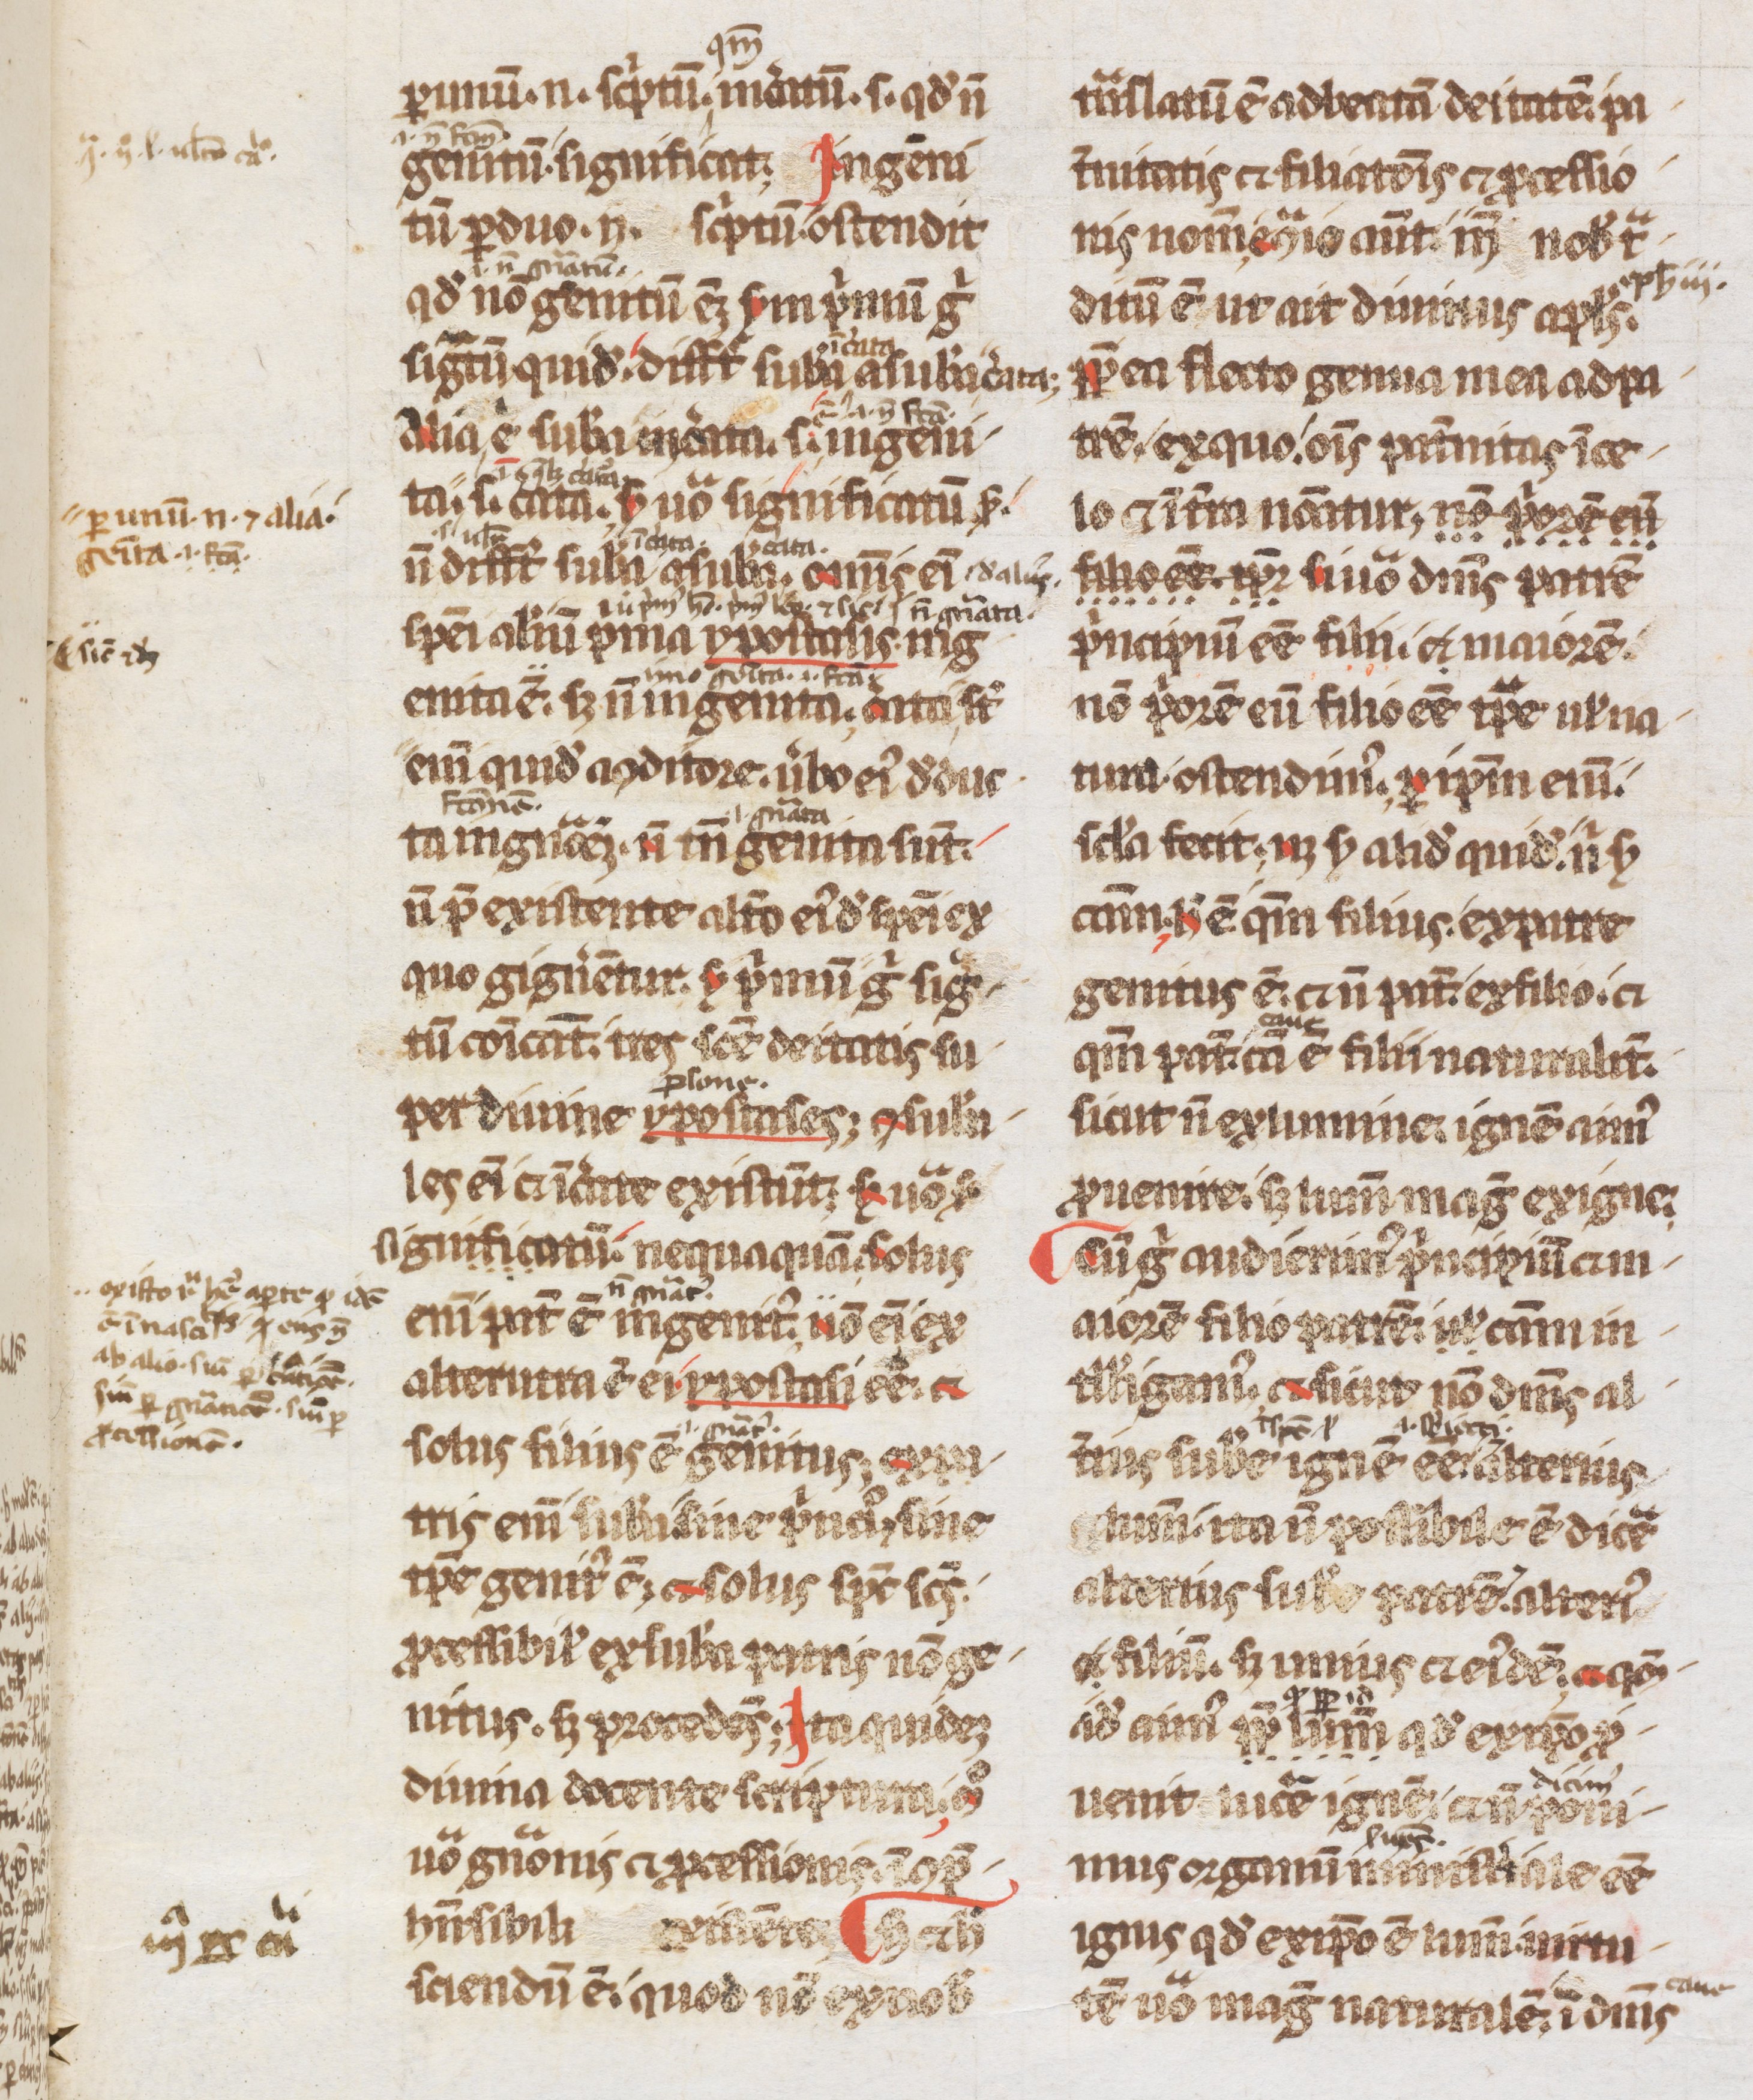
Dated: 1200–1299